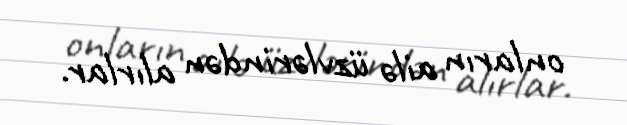
onların ailə üzvlərindən alırlar.